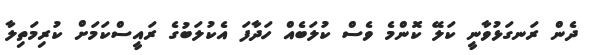
ދެން ރަނގަޅުވާނީ ކަލޭ ކޮންމެ ވެސް ކުލަބެއް ހަދާފަ އެކުލަބުގެ ރައީސްކަމަށް ކުރިމަތިލާ